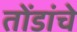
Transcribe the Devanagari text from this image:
तोंडांचे